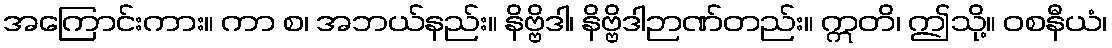
အကြောင်းကား။ ကာ စ၊ အဘယ်နည်း။ နိဗ္ဗိဒါ၊ နိဗ္ဗိဒါဉာဏ်တည်း။ ဣတိ၊ ဤသို့။ ဝစနီယံ၊